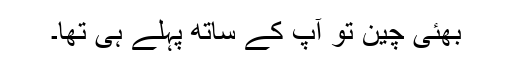
بھئی چین تو آپ کے ساتھ پہلے ہی تھا۔